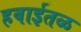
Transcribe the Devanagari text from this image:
हवाईतळ